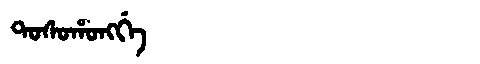
Manchu: ᡨᠣᠰᠣᡥᠣᠩᡤᡝ
Romanization: TOSOHONGGE